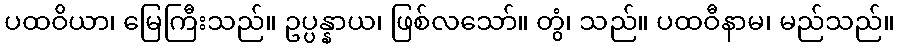
ပထဝိယာ၊ မြေကြီးသည်။ ဥပ္ပန္နာယ၊ ဖြစ်လသော်။ တွံ၊ သည်။ ပထဝီနာမ၊ မည်သည်။